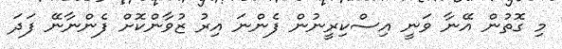
މި ގޮތުން އޭނާ ވަނީ އިސްކިރީނުން ފެންނަ އިރު ޒުވާންކޮށް ފެންނާނޭ ފަދަ